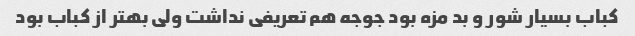
کباب بسیار شور و بد مزه بود جوجه هم تعریفی نداشت ولی بهتر از کباب بود